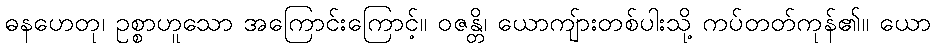
ဓနဟေတု၊ ဥစ္စာဟူသော အကြောင်းကြောင့်။ ဝဇန္တိ၊ ယောကျ်ားတစ်ပါးသို့ ကပ်တတ်ကုန်၏။ ယော